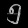
Digit: ၅